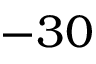
- 3 0